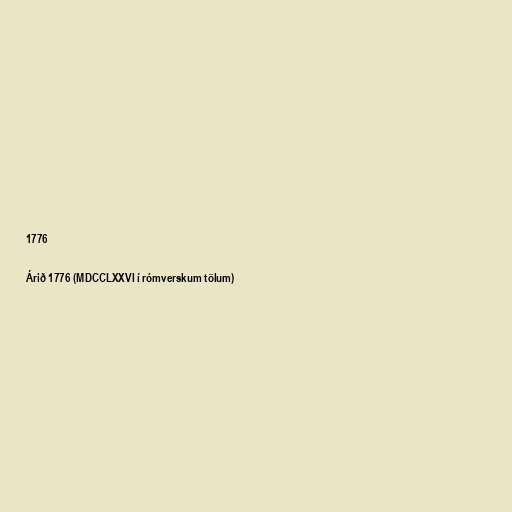
1776

Árið 1776 (MDCCLXXVI í rómverskum tölum)